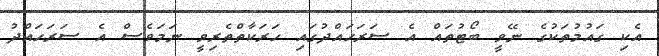
އެކި ގައުމުތަކުގެ ނޭވީ ބޯޓުތައް އެ ސަރަހައްދުގައި ހަރަކާތްތެރިވީ ނަމަވެސް އެ ސަރަހައްދު